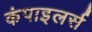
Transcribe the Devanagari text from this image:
कंपाइलर्स